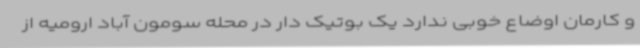
و کارمان اوضاع خوبی ندارد یک بوتیک دار در محله سومون آباد ارومیه از